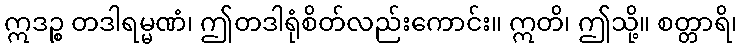
ဣဒဉ္စ တဒါရမ္မဏံ၊ ဤတဒါရုံစိတ်လည်းကောင်း။ ဣတိ၊ ဤသို့။ စတ္တာရိ၊